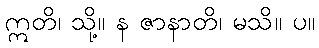
ဣတိ၊ သို့။ န ဇာနာတိ၊ မသိ။ ပ။